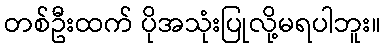
တစ်ဦးထက် ပိုအသုံးပြုလို့မရပါဘူး။